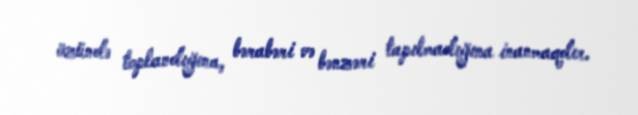
özündə toplandığına, bərabəri və bənzəri tapılmadığına inanmaqdır.